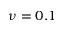
\nu = 0 . 1